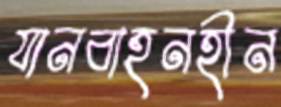
যানবাহনহীন